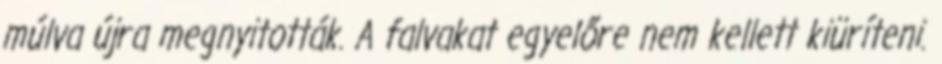
múlva újra megnyitották. A falvakat egyelőre nem kellett kiüríteni.